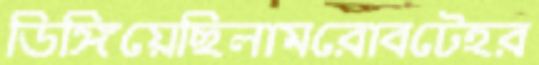
ডিঙ্গিয়েছিলামরোবটেহর